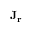
\mathbf { J } _ { \mathbf { r } }